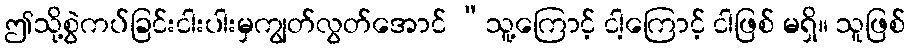
ဤသို့စွဲကပ်ခြင်းငါးပါးမှကျွတ်လွတ်အောင် “သူ့ကြောင့် ငါ့ကြောင့် ငါဖြစ် မရှိ။ သူဖြစ်